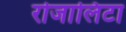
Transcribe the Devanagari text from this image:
रोजालिटा